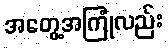
အတွေ့အကြုံလည်း